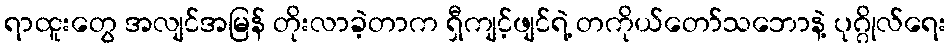
ရာထူးတွေ အလျင်အမြန် တိုးလာခဲ့တာက ရှီကျင့်ဖျင်ရဲ့ တကိုယ်တော်သဘောနဲ့ ပုဂ္ဂိုလ်ရေး